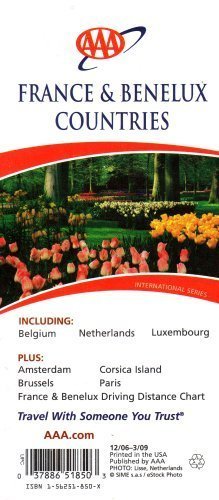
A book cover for AAA France & Benelux Countries: Including Belgium, Netherlands, Luxembourg: Plus Amsterdam, Brussels; AAA; Travel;